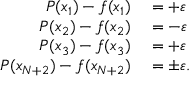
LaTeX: \begin{array} { r l } { P ( x _ { 1 } ) - f ( x _ { 1 } ) } & { { } = + \varepsilon } \\ { P ( x _ { 2 } ) - f ( x _ { 2 } ) } & { { } = - \varepsilon } \\ { P ( x _ { 3 } ) - f ( x _ { 3 } ) } & { { } = + \varepsilon } \\ { P ( x _ { N + 2 } ) - f ( x _ { N + 2 } ) } & { { } = \pm \varepsilon . } \end{array}